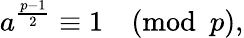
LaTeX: a^{\frac{p-1}{2}}\equiv 1{\pmod{p}},